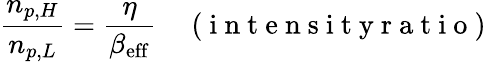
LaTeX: \frac{n_{p,H}}{n_{p,L}}=\frac{\eta}{\beta_{\mathrm{eff}}}\quad\mathrm{~(~i~n~t~e~n~s~i~t~y~r~a~t~i~o~)~}